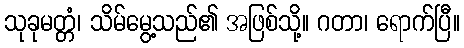
သုခုမတ္တံ၊ သိမ်မွေ့သည်၏ အဖြစ်သို့။ ဂတာ၊ ရောက်ပြီ။